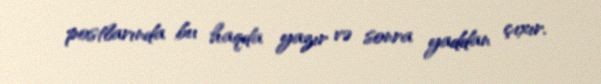
postlarında bu haqda yazır və sonra yaddan çıxır.